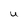
Character: u